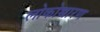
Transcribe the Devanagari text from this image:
लोकोच्चारण